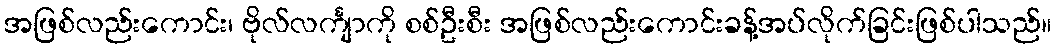
အဖြစ်လည်းကောင်း၊ ဗိုလ်လင်္ကျာကို စစ်ဦးစီး အဖြစ်လည်းကောင်းခန့်အပ်လိုက်ခြင်းဖြစ်ပါသည်။